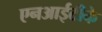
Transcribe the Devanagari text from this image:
एनआईटीके